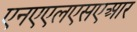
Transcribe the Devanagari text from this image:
एनएएलएसएआर